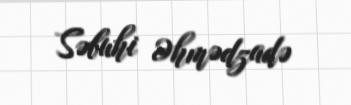
Səbuhi Əhmədzadə